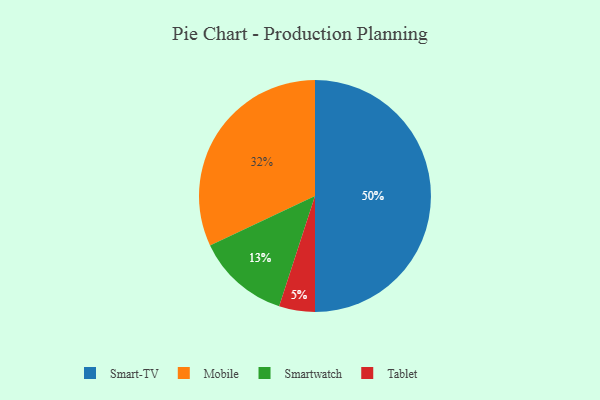
{"axis": {"x": "Category", "y": "Percentage"}, "legend": ["Mobile", "Smart-TV", "Smartwatch", "Tablet"], "data": [{"x": "Smart-TV", "y": 50, "type": "Smart-TV"}, {"x": "Smartwatch", "y": 13, "type": "Smartwatch"}, {"x": "Mobile", "y": 32, "type": "Mobile"}, {"x": "Tablet", "y": 5, "type": "Tablet"}]}